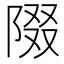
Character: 𨺝